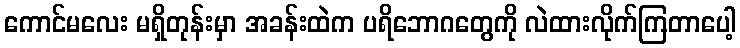
ကောင်မလေး မရှိတုန်းမှာ အခန်းထဲက ပရိဘောဂတွေကို လဲထားလိုက်ကြတာပေါ့